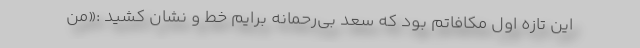
این تازه اول مکافاتم بود که سعد بی‌رحمانه برایم خط و نشان کشید :«من